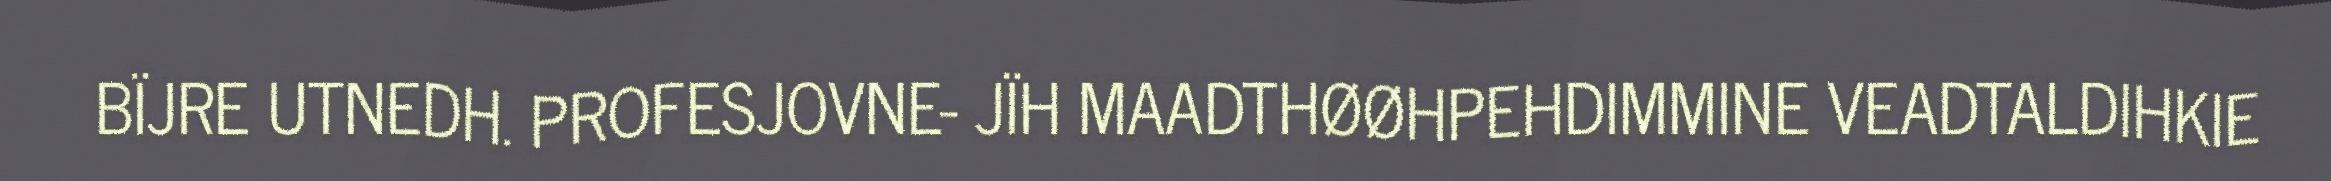
BÏJRE UTNEDH. PROFESJOVNE- JÏH MAADTHØØHPEHDIMMINE VEADTALDIHKIE